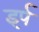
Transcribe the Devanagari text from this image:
इर्प